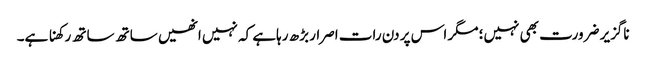
ناگزیر ضرورت بھی نہیں؛ مگر اس پر دن رات اصرار بڑھ رہاہے کہ نہیں انھیں ساتھ ساتھ رکھنا ہے۔